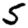
Digit: 5